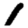
Digit: 1